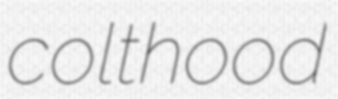
colthood